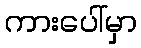
ကားပေါ်မှာ